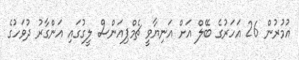
އުމުރުން 26 އަހަރުގެ ބޭލް އަށް އަނިޔާވީ ޗެމްޕިއަންސް ލީގުގައި އަންގާރު ދުވަހުގެ